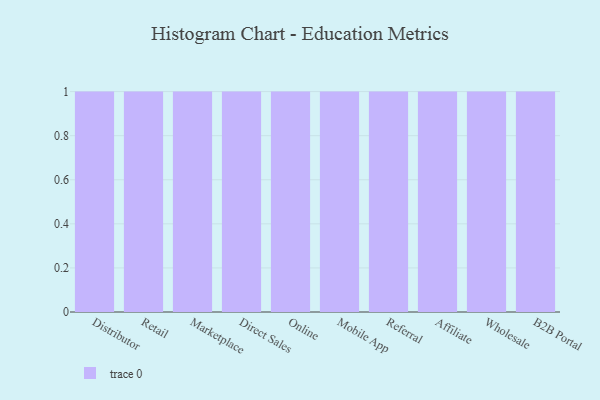
{"axis": {"x": "Channel", "y": "Operating Costs (USD K)"}, "legend": [""], "data": [{"x": "Distributor", "y": 46, "type": ""}, {"x": "Retail", "y": 76, "type": ""}, {"x": "Marketplace", "y": 58, "type": ""}, {"x": "Direct Sales", "y": 12, "type": ""}, {"x": "Online", "y": 86, "type": ""}, {"x": "Mobile App", "y": 72, "type": ""}, {"x": "Referral", "y": 79, "type": ""}, {"x": "Affiliate", "y": 40, "type": ""}, {"x": "Wholesale", "y": 24, "type": ""}, {"x": "B2B Portal", "y": 33, "type": ""}]}